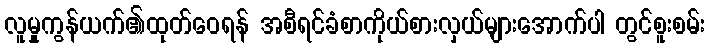
လူမှုကွန်ယက်၏ထုတ်ဝေရန် အစီရင်ခံစာကိုယ်စားလှယ်များအောက်ပါ တွင်စူးစမ်း